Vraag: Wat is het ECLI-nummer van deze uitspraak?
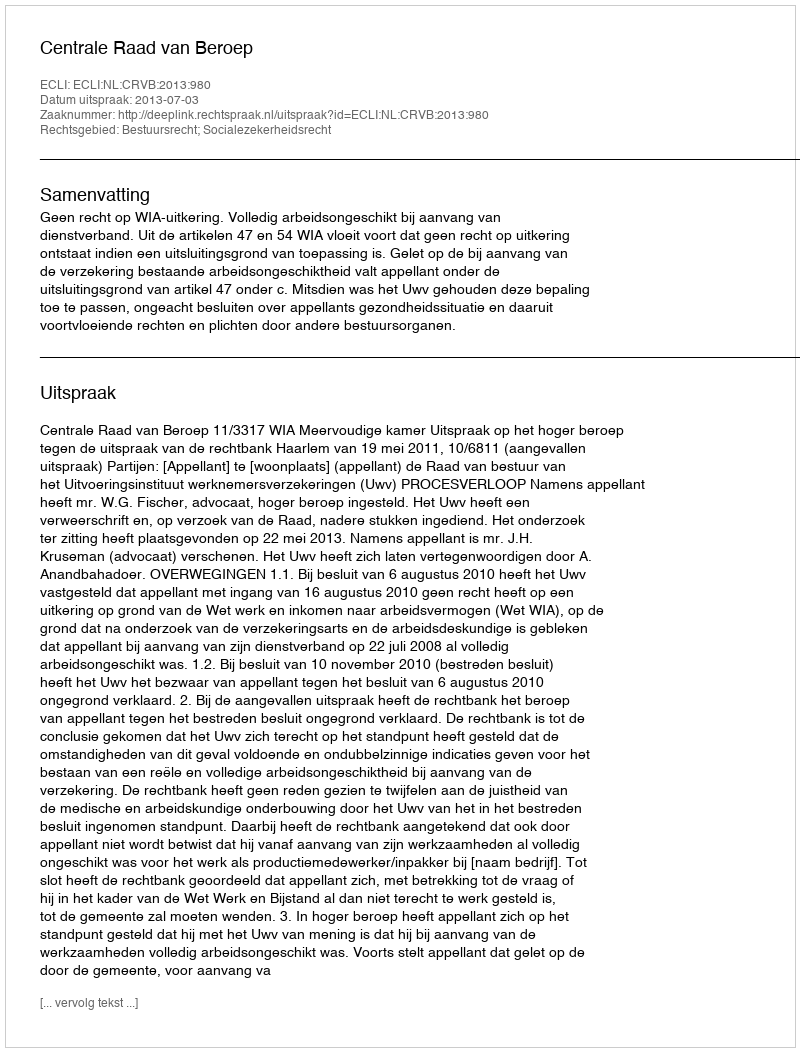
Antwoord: ECLI:NL:CRVB:2013:980